Medical and sanitary report on the native army of Bombay for the year
Year: 1879
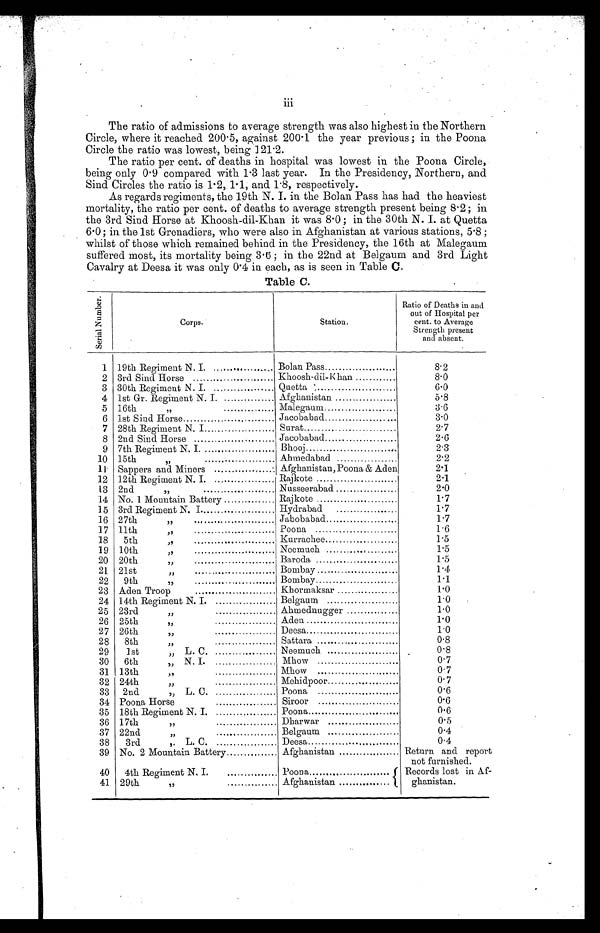
iii
•
The ratio of admissions to average strength was also highest in the Northern
Circle, where it reached 200.5, against 200.1 the year previous ; in the Poona
Circle the ratio was lowest, being 121.2.
The ratio per cent. of deaths in hospital was lowest in the Poona Circle,
being only 0.9 compared with 1.3 last year. In the Presidency, Northern, and
Sind Circles the ratio is 1.2, 1.1, and 1.8, respectively.
As regards regiments, the 19th N. I. in the Bolan Pass has had the heaviest
mortality, the ratio per cent. of deaths to average strength present being 8.2 ; in
the 3rd Sind Horse at Khoosh-dil-Khan it was 8.0 ; in the 30th N. I. at Quetta
6.0 ; in the 1st Grenadiers, who were also in Afghanistan at various stations, 5.8 ;
whilst of those which remained behind in the Presidency, the 16th at Malegaum
suffered most, its mortality being 3.6 ; in the 22nd at Belgaum and 3rd Light
Cavalry at Deesa it was only 0.4 in each, as is seen in Table C .
Table C.
S e r i a l N u m b e r .
Corps.
Station.
Ratio of Deaths in and
out of Hospital per
cent. to Average
Strength present
and absent.
1 19th Regiment N. I.
. .
Bolan Pass
8.2
2 3rd Sind Horse
Khoosh-dil-K han
8.0
3 30th Regiment N. I. ..................
Quetta ...............................
6.0
4 1st Gr. Regiment N. I.
Afghanistan
5.8
5 16th
„ . . . . . . . . . . . . . . . . . . . . .
Malegaum
3.6
6 1st Sind Horse
Jacobabad
3.0
7 28th Regiment N. I
Surat
2.7
8 2nd Sind Horse .................
Jacobabad...........................
2.6
9 7th Regiment N. I.
Bhooj
2.3
10 1 5 t h „ . . . . . . . . . . . . . . . . . . . . . . . . . .
Ahmedabad ......................
2.2
11 Sappers and Miners ...................... Afghanistan, Poona & Aden
2.1
12 12th Regiment N. I.
......................
Rajkote
2.1
13 2nd
„ . . . . . . . . . . . . . . . . . . . . . . . .
Nusseerabad
2.0
14 No. 1 Mountain Battery
Rajkote
1.7
15 3rd Regiment N. I
Hydrabad
1.7
16 27th
„
............................... Jabobabad
1.7
17 11th
„ . . . . . . . . . . . . . . . . . . . . . . . . . . . . . . .
Poona
1.6
18
5th
„ . . . . . . . . . . . . . . . . . . . . . . . . . . . . . .
Kurrachee
1.5
19 10th
„
Neemuch
1.5
20 20th
„ . . . . . . . . . . . . . . . . . . . . . . . . . . . . . .
Baroda
1.5
21 21st
„ . . . . . . . . . . . . . . . . . . . . . . . . . . . . . . Bombay
1.4
22 9th
„ . . . . . . . . . . . . . . . . . . . . . . . . . . . . . . .
Bombay
1.1
23 Aden Troop . . . . . . . . . . . . . . . . . . . . . . . . . . . . . . . . .
Khormaksar
1.0
24 14th Regiment N. I.
Belgaum
1.0
25 2 3 r d „ . . . . . . . . . . . . . . . . . . . . . . . . . . . . .
Ahmednugger
1.0
26 25th
„ . . . . . . . . . . . . . . . . . . . . . . . . . . . . . . .
Aden ..............................
1.0
27 26th
„ . . . . . . . . . . . . . . . . . . . . . . .
Deesa
1.0
28 8 t h „ . . . . . . . . . . . . . . . . . . . . . . . . .
Sattara
0.8
29
1st
„ L. C.
,,
Neemuch
0.8
30 6th
„ N. I.
Mhow
0.7
31 13th
„ . . . . . . . . . . . . . . . . . . . . . .
Mhow ...............................
0.7
32 2 4 t h „ . . . . . . . . . . . . . . . . . . . . . . .
Mehidpoor
0.7
33 2nd
„ L. C.
Poona
0.6
34 Poona Horse . . . . . . . . . . . . . . . . . . . . . .
Siroor .............................
0.6
35 18th Regiment N. I.
Poona
0.6
36 17th
„ . . . . . . . . . . . . . . . . . . . . .
Dharwar
0.5
37 22nd
„ . . . . . . . . . . . . . . . . . . . . . . . .
Belgaum
0.4
38
39
3rd
„ L. C.
No. 2 Mountain Battery
Deesa
Afghanistan
0.4
Return and report
not furnished.
40 4th Regiment N. I. .....................
Poona
Records lost in Af-
ghanistan.
41 29th
„ . . . . . . . . . . . . . . . . . . . . . .
Afghanistan